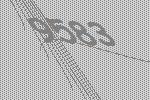
9583